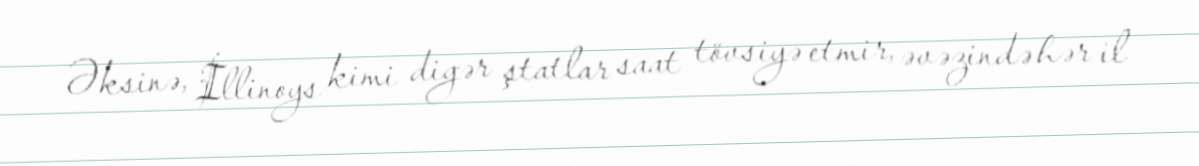
Əksinə, İllinoys kimi digər ştatlar saat tövsiyə etmir, əvəzində hər il